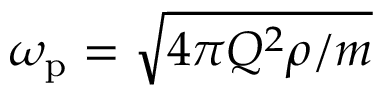
\omega _ { \mathrm { p } } = \sqrt { 4 \pi Q ^ { 2 } \rho / m }